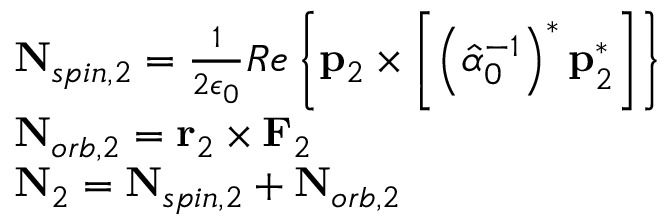
\begin{array} { r l } & { \mathbf { N } _ { s p i n , 2 } = \frac { 1 } { 2 \epsilon _ { 0 } } R e \left\{ \mathbf { p } _ { 2 } \times \left[ \left( \hat { \alpha } _ { 0 } ^ { - 1 } \right) ^ { * } \mathbf { p } _ { 2 } ^ { * } \right] \right\} } \\ & { \mathbf { N } _ { o r b , 2 } = \mathbf { r } _ { 2 } \times \mathbf { F } _ { 2 } } \\ & { \mathbf { N } _ { 2 } = \mathbf { N } _ { s p i n , 2 } + \mathbf { N } _ { o r b , 2 } } \end{array}